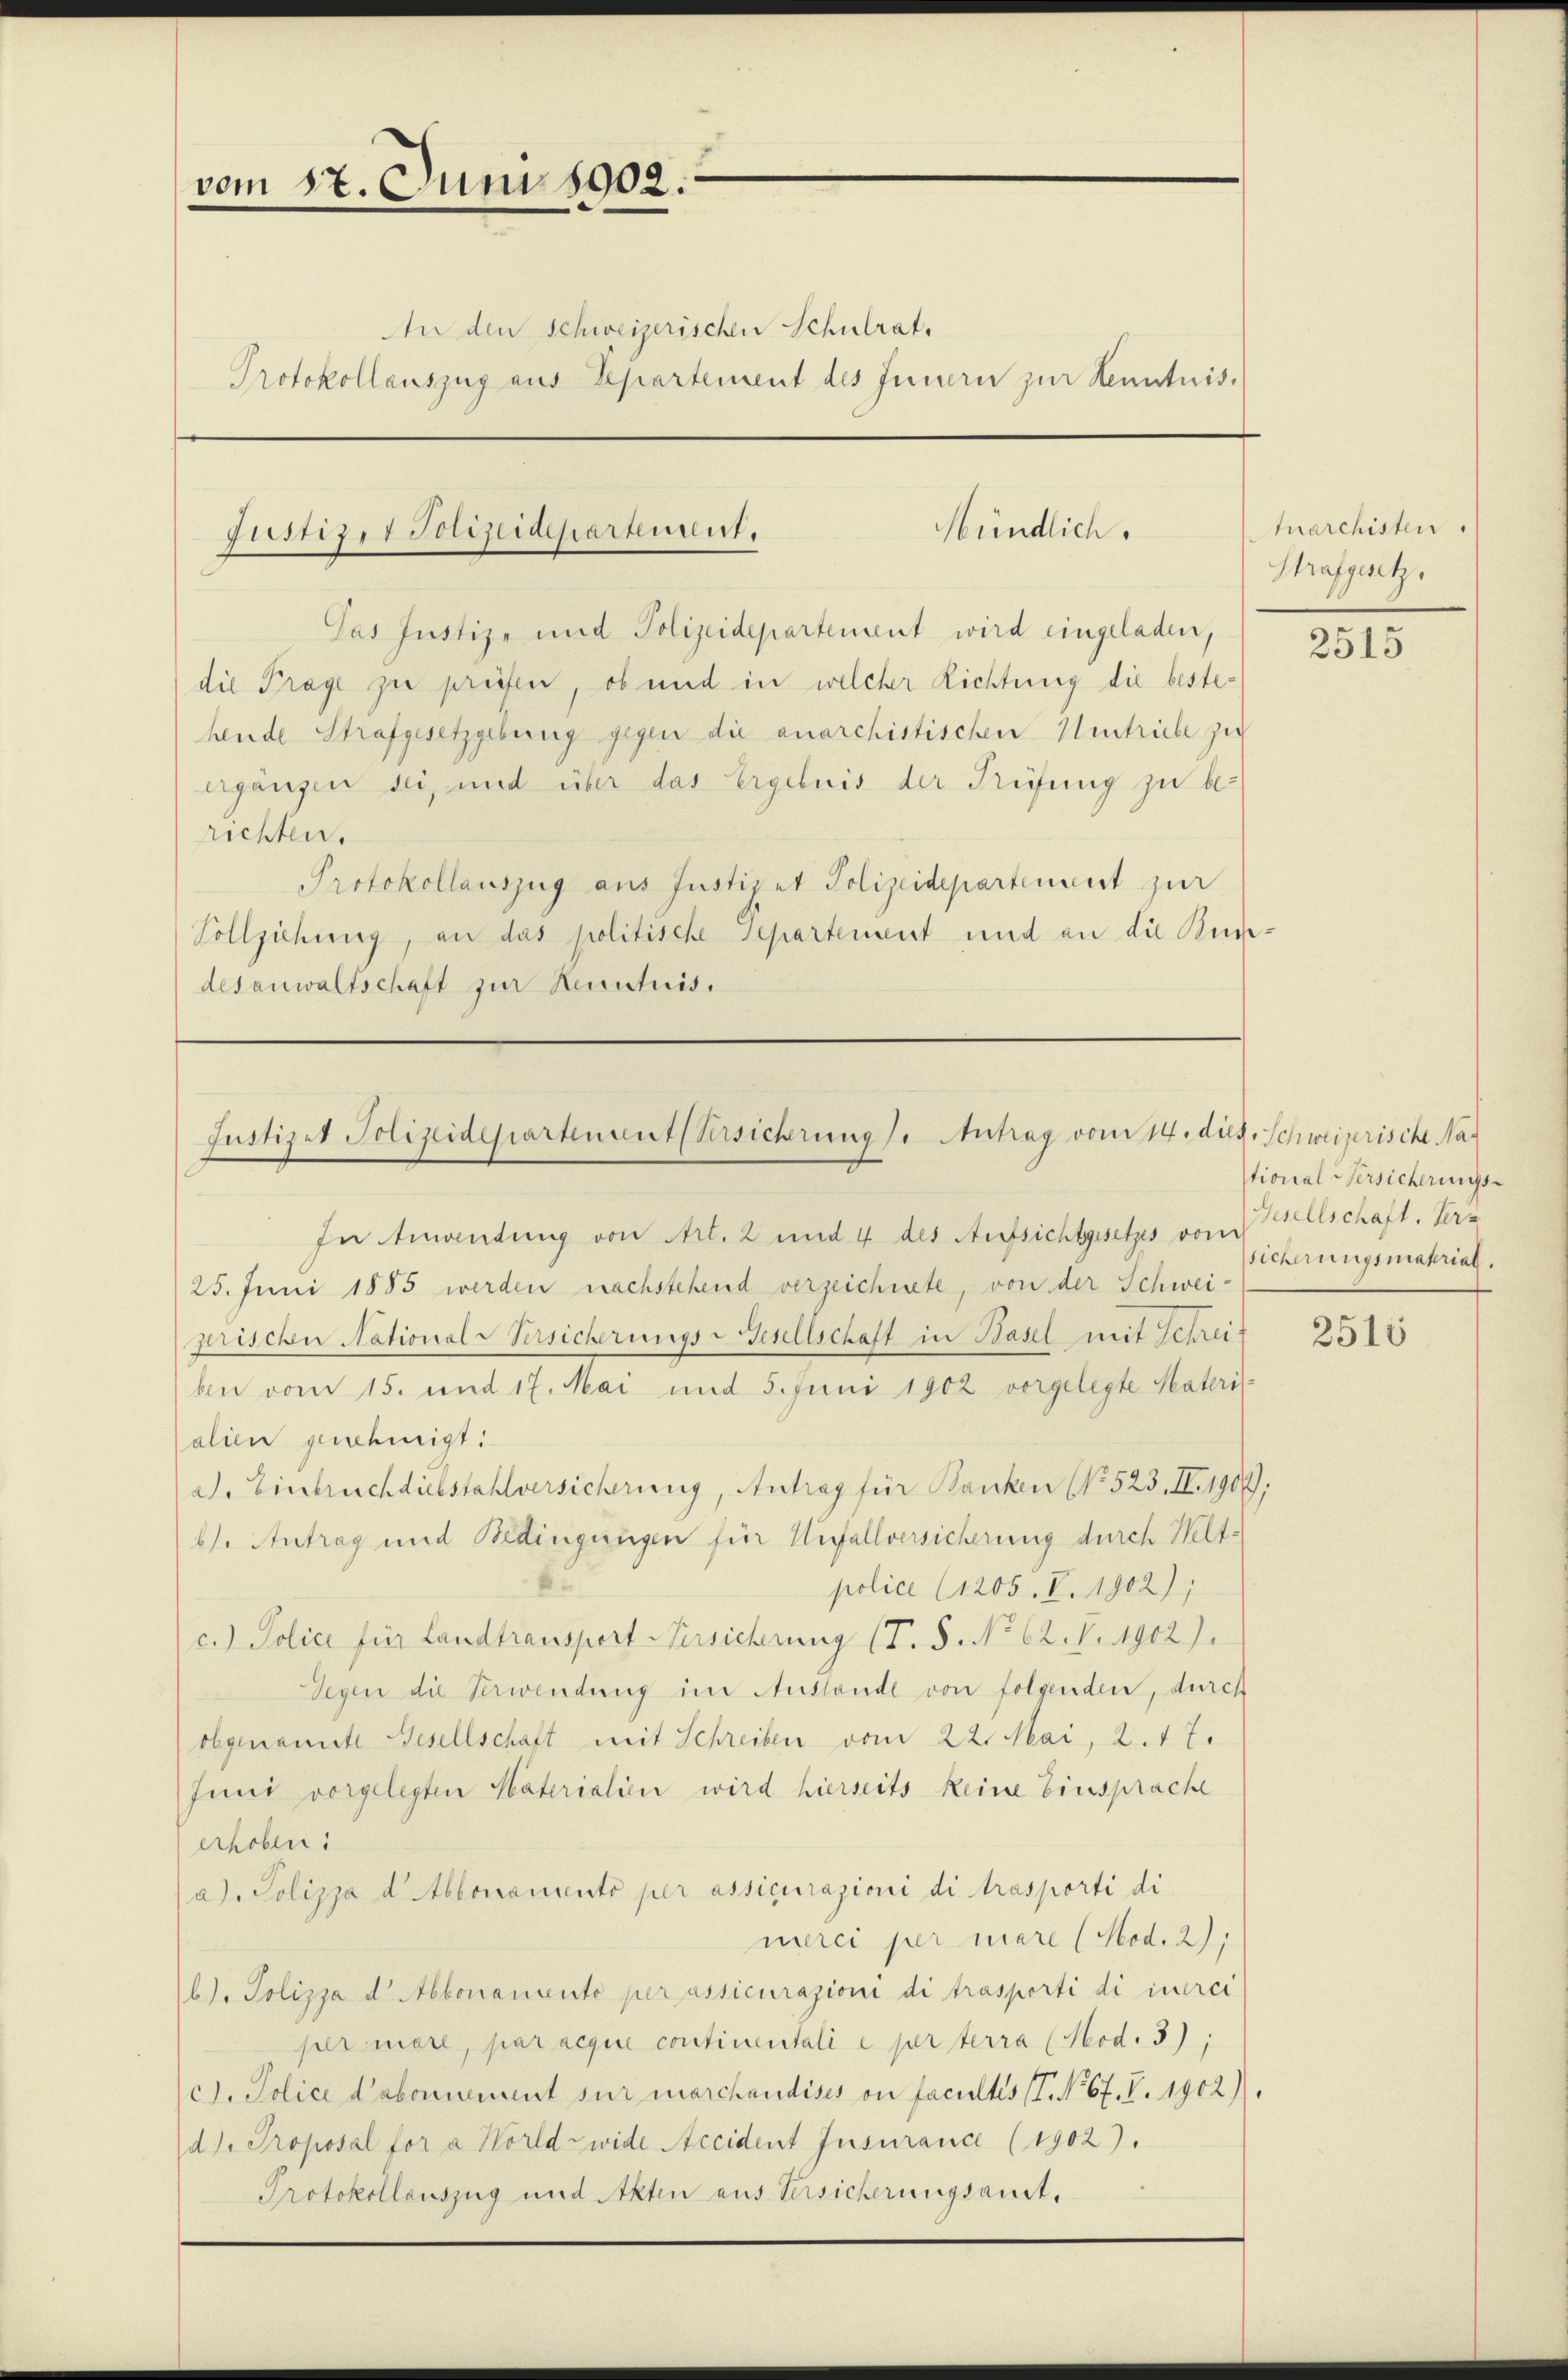
vom 17. Juni 1902.
AAn den Schweizerischen Schulrat.
Protokollauszug aus Departement des Innern zur Kenntnis.

Mündlich.
Justiz, 1 Polizeidepartement.

Pas Justiz- und Polizeidepartement wird eingeladen,
die Prage zu prüfen, ob und in welcher Richtung die bestehende Strafgesetzgebung gegen die anarchistischen Umtriebe zu
ergänzen sei, und über das Ergebnis der Prüfung zu berichten.
Protokollauszug aus Justizer Polizeidepartement zur
Vollziehung, an das politische Departement und an die Kundesanwaltschaft zur Kenntnis.

Justizet Polizeidepartement Versicherung. Antrag vom 14. ds. Schweizerische Na

In Anwendung von Art. 2 und 4 des Aufsichtgesetzes von Seelschaft, Herr
25. Juni 1885 werden nachstehend verzeichnete, von der Schweiprischen National-Versicherungs-Gesellschaft in Basel mit Schreif
ben vom 15. und 17. Mai und 5. Juni 1902 vorgelegte Materi
alien genehmigt.
a. Einbruch diebstahlversicherung, Antrag für Banken (No 523. IV. 1909).
6). Antrag und Bedingungen für Unfallversicherung durch Weltpolice (1205. V. 1902);
c. Police für Landtransport Versicherung (T. S. No 62. V. 1902).
Segen die Verwendung im Austande von folgenden, durch
obgenannte Gesellschaft mit Schreiben vom 22. Mai, 2. 17.
Juni vorgelegten Materialien wird hierseits keine Einsprache
erhoben.
a). Polizza d blonomento per assicurazioni di trasporti di
merci per mare (Mod. 2),
b). Polizza d. Abbonamento per assicurazioni di trasporti di iuerci
per more, par acque continentali e per terra (Mod. 3);
c). Police d’abonnement sur marchandises on facultes (T. No. 67. I. 1902).
dh. Proposal for a Worldz wide Accident Insurance (1902).
Protokollauszug und Akten aus Versicherungsant.

Anarchisten.
Strafgesetz

2515

stional-Versicherungs-
sicherungsmatrial.

2515